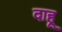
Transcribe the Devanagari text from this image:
दाहू